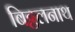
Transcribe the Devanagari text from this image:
बिट्ठलनाथ